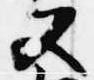
又